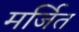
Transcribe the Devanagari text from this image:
मर्जित